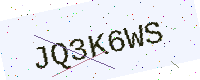
Text: JQ3K6WS